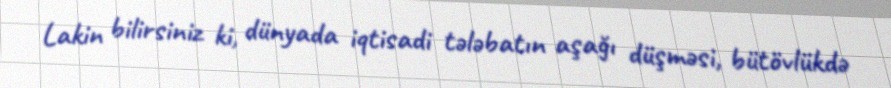
Lakin bilirsiniz ki, dünyada iqtisadi tələbatın aşağı düşməsi, bütövlükdə